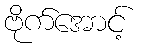
ဗိုက်အောင့်